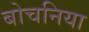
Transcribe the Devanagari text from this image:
बोचनिया